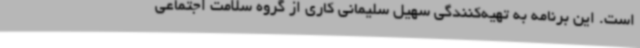
است. این برنامه به تهیه‌کنندگی سهیل سلیمانی کاری از گروه سلامت اجتماعی